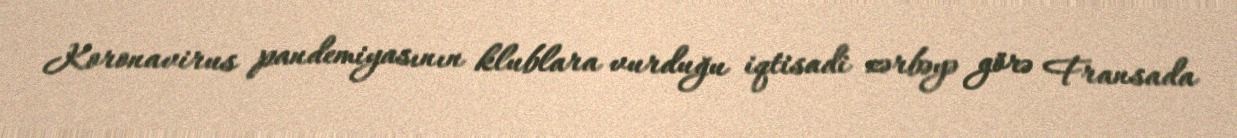
Koronavirus pandemiyasının klublara vurduğu iqtisadi zərbəyə görə Fransada